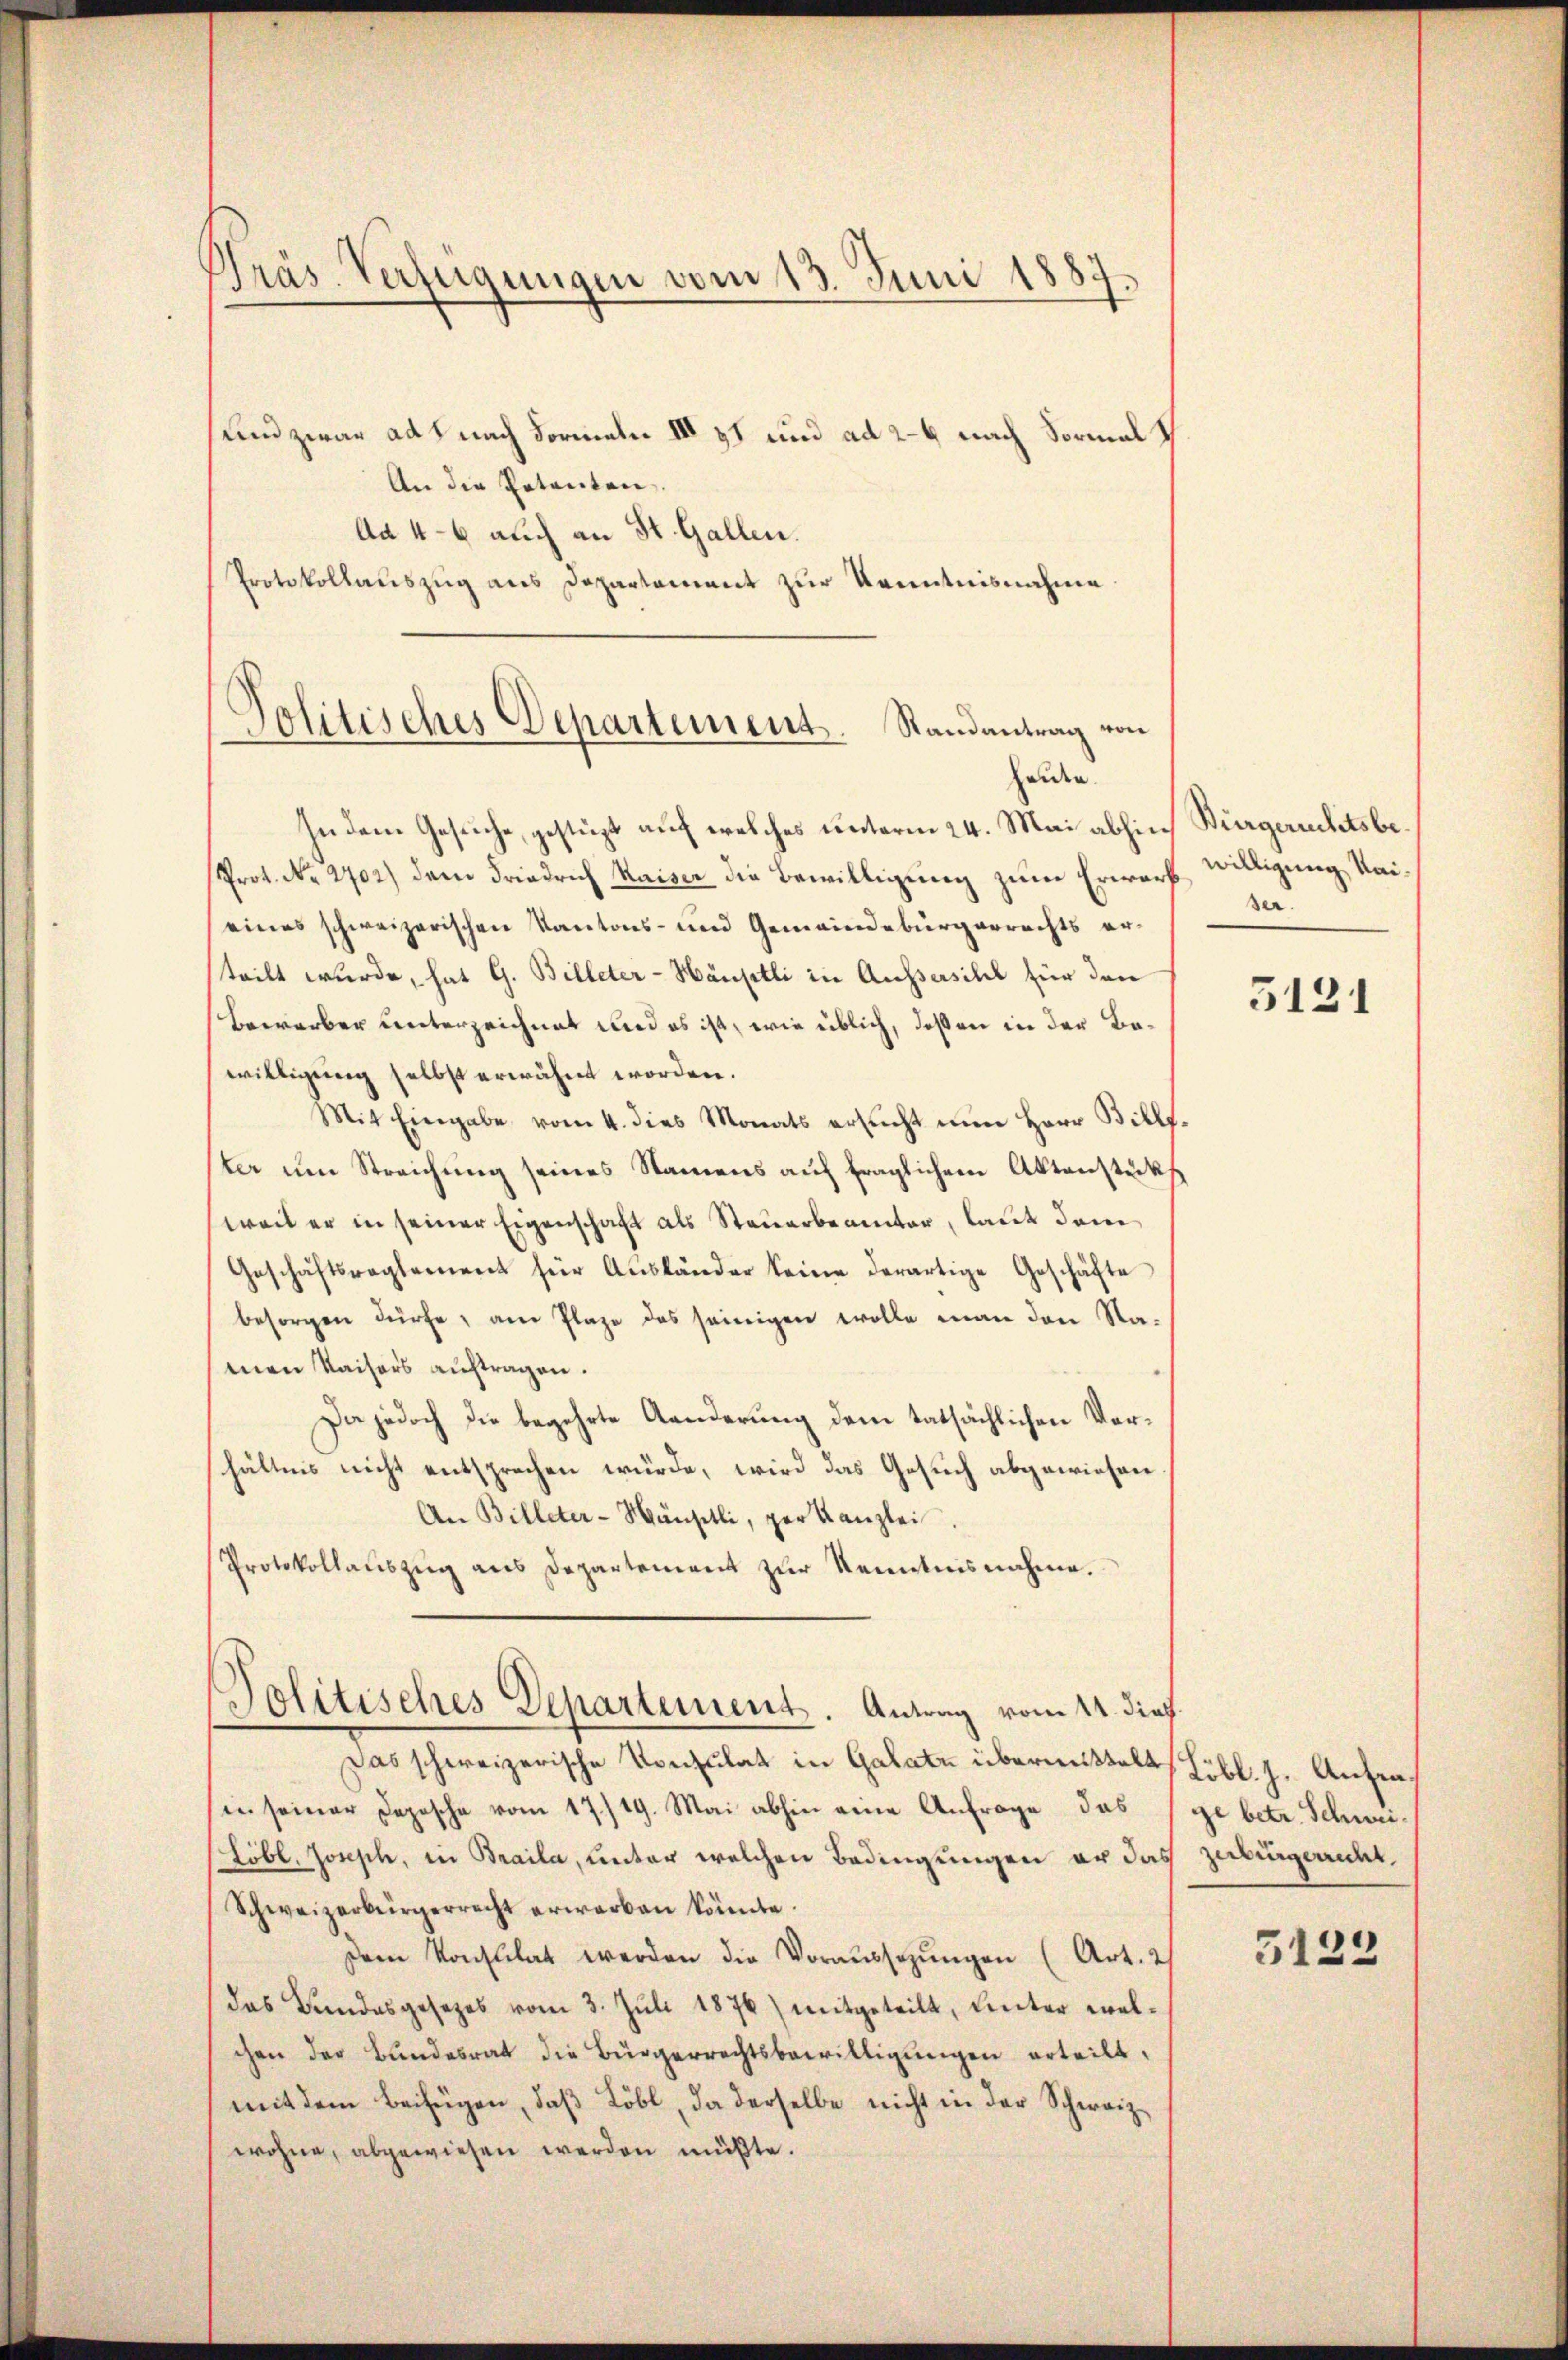
Präs. Verfügungen vom 13. Juni 1887
f

und zwar ad 1 nach Formeln III 37 und ad 2–4 nach Formal s
An die Petenten.
Ad 4-6 auch an St. Gallen.
Protokollaŭszŭg ans Departement zur Kenntnisnahme
.
Jolitisches Departement. Randantrag von

halden.

In dem Gesuche, gestüzt auf welches unterm 24. Mai abhin Bürgerichtsbe¬
Prot. No. 2702) dem Friedrich Kaiser die Bewilligung zum Erwarf willigung Kaieines schweizerischen Kantons- und Gemeindebürgerrechts erteilt wurde, hat G. Billeter-Häuptli in Aussersihl für den
Bewerber unterzeichnet und es ist, wie üblich, deßen in der Bewilligung selbst erwähnt worden.
Mit Eingabe vom 4. dies Monats ersŭcht nun Herr Billf
ter um Streichung seines Namens auf fraglichem Aktenstücks
weil er in seiner Eigenschaft als Steuerbeamter, laut dem
Geschäftsreglement für Aŭsländer keine derartige Geschäfte
besorgen dürfe, am Plaze des seinigen wolle man den Namnen Kaisers auftragen.
Da jedoch die begehrte Aenderung dem tatsächlichen Vorhältnis nicht entsprechen würde, wird das Gesuch abgewiesen.
An Billeter-Wänschli, per Kanzlei
Protokollaŭszŭg ans Departement zŭr Kenntnisnahme.
olitisches Departement. Antrag vom 14. dieß.
Das schweizerische Konsulat in Galat übermittelt
sie seiner Depesche vom 17./19. Mai abhin eine Anfrage das
Löbl. Joseph, in Braila, unter welchen Bedingungen er das zerbürgerrecht,
Schweizerbürgerrecht erwarben könnte.
Dem Konsulat werden die Voraŭssezŭngen (Art. 2)
das Bundesgesezes vom 3. Juli 1876) mitgeteilt, unter welchen der Bundesrat die Bürgerrechtsbewilligungen erteilt,
mit dem Beifügen, daß Löbl, da derselbe nicht in der Schweizwohne, abgewiesen werden müßte.

ser.

5121

Löbl. J. Anfrage betr. Schwei¬

5122